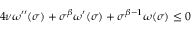
4 \nu \omega ^ { \prime \prime } ( \sigma ) + \sigma ^ { \beta } \omega ^ { \prime } ( \sigma ) + \sigma ^ { \beta - 1 } \omega ( \sigma ) \leq 0